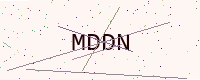
Text: MDDN